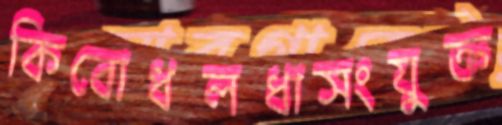
কিবোধলধাসংযুক্ত